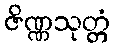
ဇိဏ္ဏသုတ္တံ